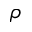
\rho